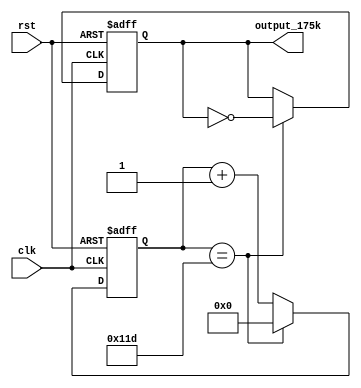
`timescale 1ns / 1ps

module Frec_175k_6(
    input clk,
    input rst,						//igual que el de 25kHz
    output reg output_175k
    );
	 
reg [8:0] counter=0;
	
	always @(posedge clk or posedge rst)
	begin
		if (rst)
			begin
				counter<=9'd0;
				output_175k<= 1'b0;
			end
		else
			if (counter==9'd285) 
			begin
				counter<=9'd0;
				output_175k <= ~output_175k;
			end
	  else
	   begin
			counter <=counter+1'b1;
		end
	end

endmodule